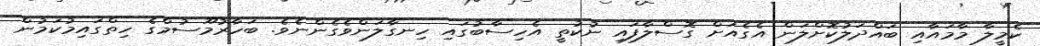
ކެމީލާ މާމައާއި ބައްދަލުކޮށްލަން އެގެއަށް ގޮސްލާފައި ނުކުތީ އެހިސާބުގައި ހިނގާލަންވެގެންނެވެ. ބަހާރުމޫސުމްގެ ހިތްގައިމުކަމުން